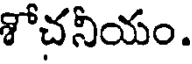
శోచనీయం.